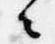
々